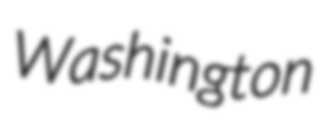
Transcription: Washington